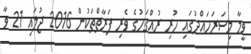
ވީމާ މިސަރަހައްދުގައި ހުރި ރުއްގަހުގެ ވެރި ފަރާތްތަކުން 2016 ޖުލައި 21 ވާ